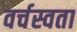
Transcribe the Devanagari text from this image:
वर्चस्वता